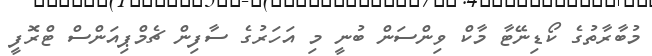
މުބާރާތުގެ ކޯޑިނޭޓާ މާކް ވިންސަން ބުނީ މި އަހަރުގެ ސާފިން ޗެމްޕިއަންސް ޓްރޮފީ